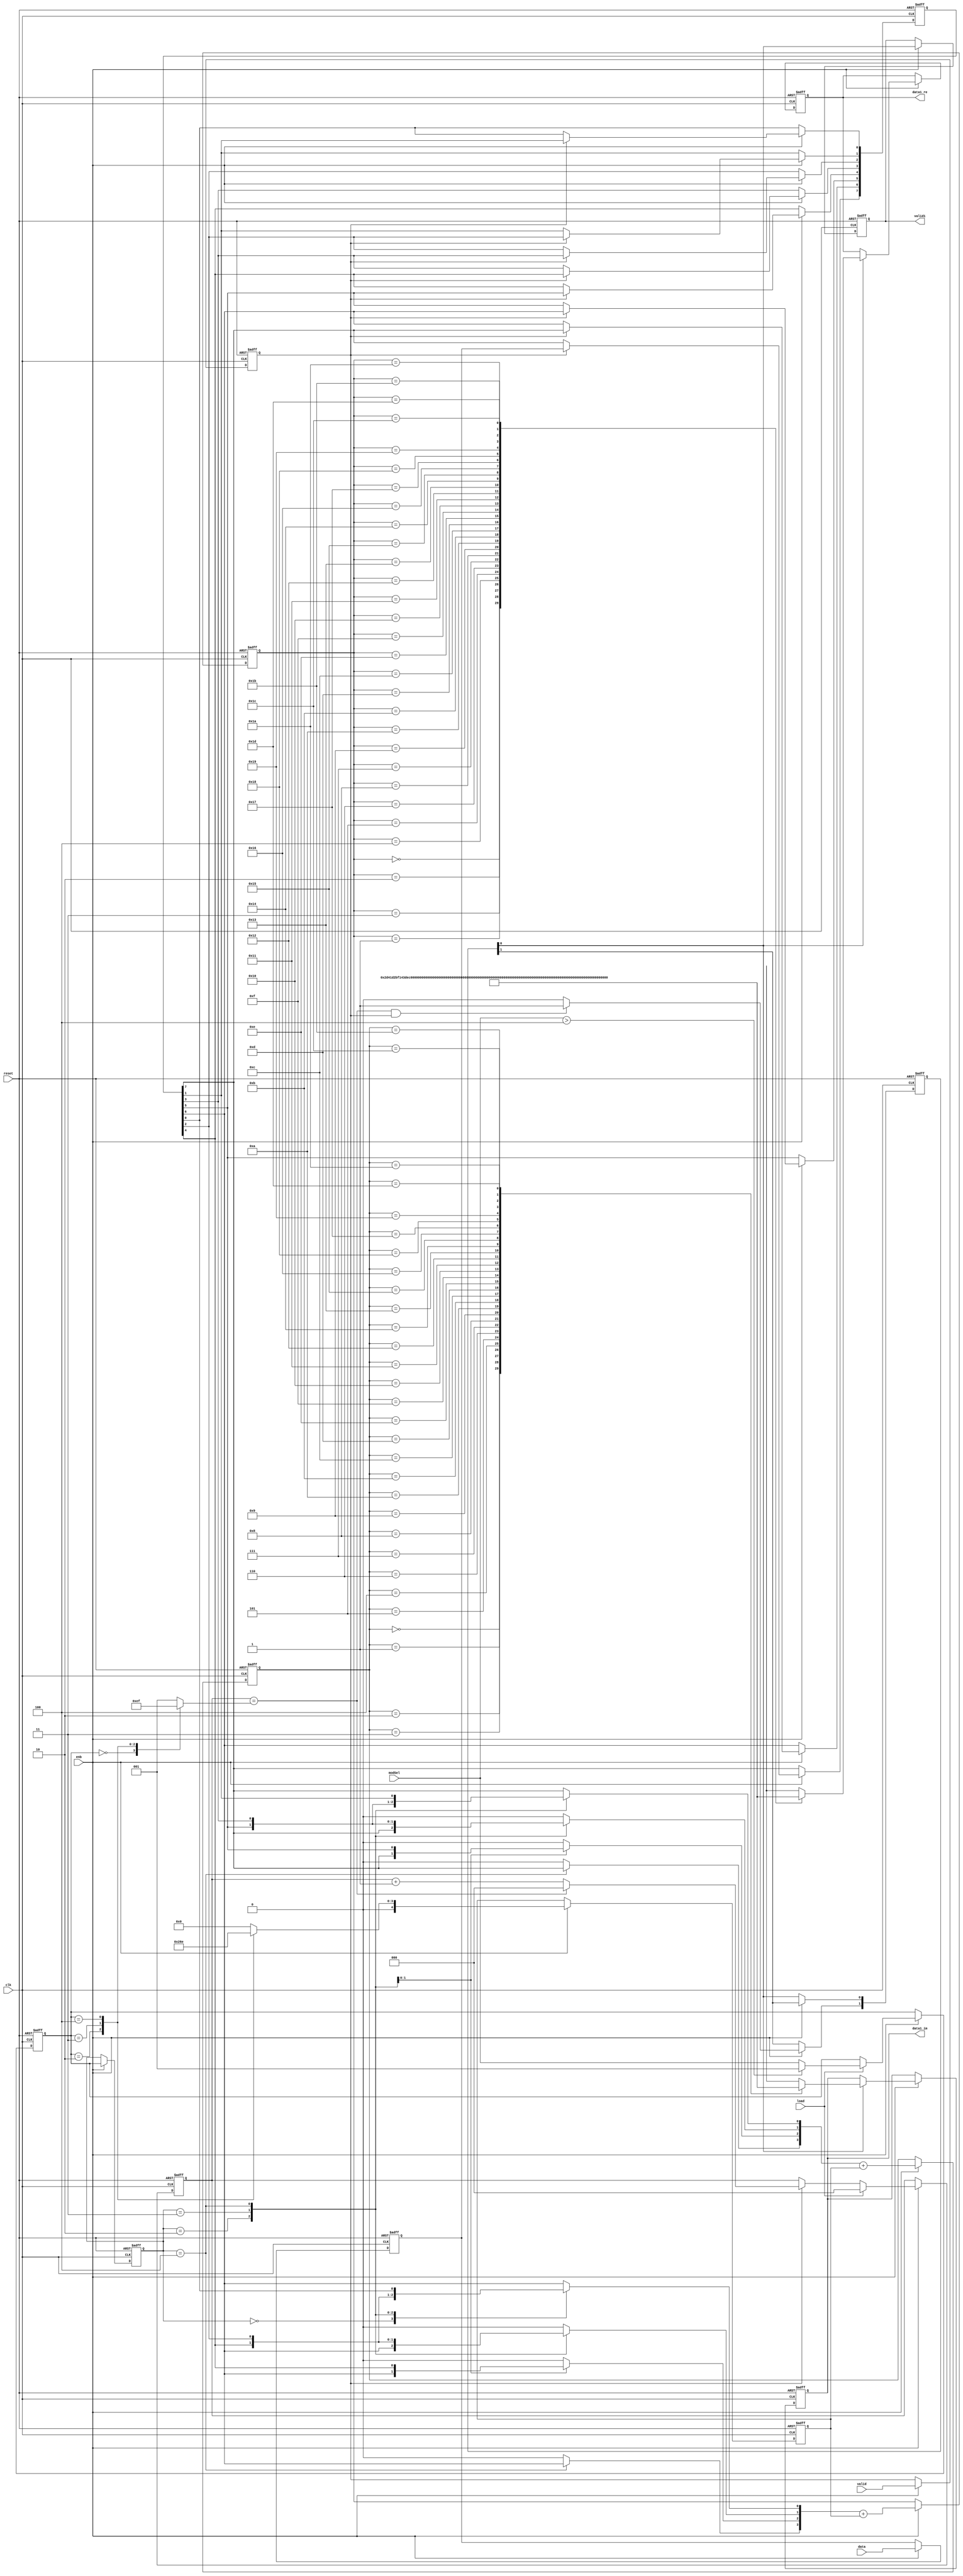
// -------------------------------------------------------------
// 
// 
// Generated by MATLAB 9.13 and HDL Coder 4.0
// 
// -------------------------------------------------------------


// -------------------------------------------------------------
// 
// Module: whdlOFDMTx_LTE_Symbol_Modulator
// Source Path: whdlOFDMTx/Frame Generator/Data/Data Chain/LTE Symbol Modulator
// Hierarchy Level: 5
// 
// -------------------------------------------------------------

`timescale 1 ns / 1 ns

module whdlOFDMTx_LTE_Symbol_Modulator
          (clk,
           reset,
           enb,
           data,
           valid,
           modSel,
           load,
           data1_re,
           data1_im,
           valid1);


  input   clk;
  input   reset;
  input   enb;
  input   data;
  input   valid;
  input   [2:0] modSel;  // ufix3
  input   load;
  output  signed [15:0] data1_re;  // sfix16_En14
  output  signed [15:0] data1_im;  // sfix16_En14
  output  valid1;


  reg  obj_enbReg;
  wire tmp;
  wire [2:0] obj_modSelReg;  // ufix3
  wire [2:0] tmp_1;  // ufix3
  reg [2:0] obj_modSelReg_1;  // ufix3
  wire [2:0] tmp_2;  // ufix3
  reg [2:0] tmp_3;  // ufix3
  wire [2:0] obj_count;  // ufix3
  wire [2:0] obj_count_1;  // ufix3
  reg [2:0] obj_count_2;  // ufix3
  wire [2:0] tmp_4;  // ufix3
  wire tmp_5;
  wire [2:0] tmp_6;  // ufix3
  wire [2:0] tmp_7;  // ufix3
  wire [2:0] tmp_8;  // ufix3
  wire tmp_9;
  wire out;
  wire out_1;
  wire tmp_10;
  reg  [0:1] obj_validReg_reg_reg;  // ufix1 [2]
  wire [0:1] obj_validReg_reg_reg_next;  // ufix1 [2]
  wire obj_validReg;
  reg [2:0] obj_modSelRegReg;  // ufix3
  reg  obj_dataInReg;
  wire [0:7] obj_shiftReg;  // boolean [8]
  reg  [0:7] obj_shiftReg_1;  // boolean [8]
  reg  [0:7] obj_shiftReg_2;  // boolean [8]
  wire [0:7] tmp_11;  // boolean [8]
  reg  [0:7] obj_shiftReg_reg_reg;  // ufix1 [8]
  wire [0:7] obj_shiftReg_reg_reg_next;  // ufix1 [8]
  wire [0:7] buffBits;  // boolean [8]
  wire [0:7] buffBits_1;  // boolean [8]
  wire b6;
  wire tmp_12;  // ufix1
  reg  tmp_13;  // ufix1
  wire tmp_14;  // ufix1
  wire b4;
  wire tmp_15;  // ufix1
  reg  tmp_16;  // ufix1
  wire tmp_17;  // ufix1
  wire tmp_18;  // ufix1
  wire b2;
  wire tmp_19;  // ufix1
  reg  tmp_20;  // ufix1
  wire tmp_21;  // ufix1
  wire b7;
  wire tmp_22;  // ufix1
  wire tmp_23;  // ufix1
  wire tmp_24;  // ufix1
  wire tmp_25;  // ufix1
  wire tmp_26;  // ufix1
  reg  tmp_27;  // ufix1
  reg [4:0] tmp_28;  // ufix5
  reg [4:0] obj_offsetReg;  // ufix5
  wire [4:0] tmp_29;  // ufix5
  wire [3:0] p26tmp_1;  // ufix4
  wire [4:0] p26tmp_2;  // ufix5
  reg [4:0] obj_Iaddr;  // ufix5
  wire signed [15:0] Iout;  // sfix16_En14
  wire signed [15:0] p0Iout_tmp [0:29];  // sfix16_En14 [30]
  reg signed [15:0] obj_Ireg;  // sfix16_En14
  wire signed [15:0] tmp_30;  // sfix16_En14
  wire tmp_31;  // ufix1
  reg  tmp_32;  // ufix1
  wire tmp_33;  // ufix1
  wire b5;
  wire tmp_34;  // ufix1
  reg  tmp_35;  // ufix1
  wire tmp_36;  // ufix1
  wire tmp_37;  // ufix1
  wire b3;
  wire tmp_38;  // ufix1
  reg  tmp_39;  // ufix1
  wire tmp_40;  // ufix1
  wire tmp_41;  // ufix1
  wire tmp_42;  // ufix1
  wire tmp_43;  // ufix1
  wire tmp_44;  // ufix1
  wire tmp_45;  // ufix1
  reg  tmp_46;  // ufix1
  wire [4:0] tmp_47;  // ufix5
  wire [3:0] p24tmp_1;  // ufix4
  wire [4:0] p24tmp_2;  // ufix5
  reg [4:0] obj_Qaddr;  // ufix5
  wire signed [15:0] Qout;  // sfix16_En14
  wire signed [15:0] p0Qout_tmp [0:29];  // sfix16_En14 [30]
  reg signed [15:0] obj_Qreg;  // sfix16_En14
  wire signed [15:0] tmp_48;  // sfix16_En14
  wire signed [15:0] data_re;  // sfix16_En14
  wire signed [15:0] data_im;  // sfix16_En14
  reg  valid_1;
  reg [2:0] p92_tmp;  // ufix3
  reg signed [31:0] p1_i;  // int32
  reg  [0:7] p1_obj_shiftReg;  // boolean [8]
  reg  p37_tmp;  // ufix1
  reg  p39_tmp;  // ufix1
  reg  p41_tmp;  // ufix1
  reg  p29_tmp;  // ufix1
  reg [4:0] p44_tmp;  // ufix5
  reg  p31_tmp;  // ufix1
  reg  p33_tmp;  // ufix1
  reg  p35_tmp;  // ufix1
  reg  p27_tmp;  // ufix1


  always @(posedge clk or posedge reset)
    begin : obj_enbReg_reg_process
      if (reset == 1'b1) begin
        obj_enbReg <= 1'b0;
      end
      else begin
        if (enb) begin
          obj_enbReg <= valid;
        end
      end
    end



  assign tmp = modSel > 3'b100;



  // HDL code generation from MATLAB function: SystemCore_stepImpl_trueregionp97
  assign obj_modSelReg = 3'b001;



  // HDL code generation from MATLAB function: SystemCore_stepImpl_trueregionp95
  assign tmp_1 = (tmp == 1'b0 ? modSel :
              obj_modSelReg);



  assign tmp_2 = (load == 1'b0 ? obj_modSelReg_1 :
              tmp_1);



  always @(posedge clk or posedge reset)
    begin : obj_modSelReg_reg_process
      if (reset == 1'b1) begin
        obj_modSelReg_1 <= 3'b001;
      end
      else begin
        if (enb) begin
          obj_modSelReg_1 <= tmp_2;
        end
      end
    end



  always @(obj_modSelReg_1) begin
    case ( obj_modSelReg_1)
      3'b000 :
        begin
          p92_tmp = 3'b000;
        end
      3'b001 :
        begin
          p92_tmp = 3'b001;
        end
      3'b010 :
        begin
          p92_tmp = 3'b011;
        end
      3'b011 :
        begin
          p92_tmp = 3'b101;
        end
      3'b100 :
        begin
          p92_tmp = 3'b111;
        end
      default :
        begin
          p92_tmp = 3'b001;
        end
    endcase
    tmp_3 = p92_tmp;
  end



  // HDL code generation from MATLAB function: SystemCore_stepImpl_trueregionp88
  assign obj_count = 3'b000;



  // HDL code generation from MATLAB function: SystemCore_stepImpl_trueregionp77
  assign obj_count_1 = 3'b000;



  // HDL code generation from MATLAB function: SystemCore_stepImpl
  // HDL code generation from MATLAB function: SystemCore_stepImpl_falseregionp88
  assign tmp_4 = obj_count_2 + 3'b001;



  assign tmp_5 = obj_count_2 == tmp_3;



  // HDL code generation from MATLAB function: SystemCore_stepImpl_trueregionp85
  assign tmp_6 = (tmp_5 == 1'b0 ? tmp_4 :
              obj_count);



  // HDL code generation from MATLAB function: SystemCore_stepImpl_falseregionp77
  assign tmp_7 = (obj_enbReg == 1'b0 ? obj_count_2 :
              tmp_6);



  assign tmp_8 = (load == 1'b0 ? tmp_7 :
              obj_count_1);



  always @(posedge clk or posedge reset)
    begin : obj_count_reg_process
      if (reset == 1'b1) begin
        obj_count_2 <= 3'b000;
      end
      else begin
        if (enb) begin
          obj_count_2 <= tmp_8;
        end
      end
    end



  assign tmp_9 = (obj_count_2 == tmp_3) && obj_enbReg;



  // HDL code generation from MATLAB function: SystemCore_stepImpl_falseregionp81
  assign out = 1'b0;



  // HDL code generation from MATLAB function: SystemCore_stepImpl_trueregionp81
  assign out_1 = 1'b1;



  assign tmp_10 = (tmp_9 == 1'b0 ? out :
              out_1);



  always @(posedge clk or posedge reset)
    begin : obj_validReg_reg_process
      if (reset == 1'b1) begin
        obj_validReg_reg_reg[0] <= 1'b0;
        obj_validReg_reg_reg[1] <= 1'b0;
      end
      else begin
        if (enb) begin
          obj_validReg_reg_reg[0] <= obj_validReg_reg_reg_next[0];
          obj_validReg_reg_reg[1] <= obj_validReg_reg_reg_next[1];
        end
      end
    end

  assign obj_validReg = obj_validReg_reg_reg[1];
  assign obj_validReg_reg_reg_next[0] = tmp_10;
  assign obj_validReg_reg_reg_next[1] = obj_validReg_reg_reg[0];



  always @(posedge clk or posedge reset)
    begin : obj_modSelRegReg_reg_process
      if (reset == 1'b1) begin
        obj_modSelRegReg <= 3'b001;
      end
      else begin
        if (enb) begin
          obj_modSelRegReg <= obj_modSelReg_1;
        end
      end
    end



  // HDL code generation from MATLAB function: SystemCore_stepImpl_falseregionp97
  always @(posedge clk or posedge reset)
    begin : obj_dataInReg_reg_process
      if (reset == 1'b1) begin
        obj_dataInReg <= 1'b0;
      end
      else begin
        if (enb) begin
          obj_dataInReg <= data;
        end
      end
    end



  // HDL code generation from MATLAB function: SystemCore_stepImpl_trueregionp102
  always @* begin
    p1_obj_shiftReg = obj_shiftReg;

    for(p1_i = 32'sd0; p1_i <= 32'sd6; p1_i = p1_i + 32'sd1) begin
      p1_obj_shiftReg[32'sd7 - p1_i] = p1_obj_shiftReg[32'sd6 - p1_i];
    end

    obj_shiftReg_1 = p1_obj_shiftReg;
  end



  always @* begin
    obj_shiftReg_2 = obj_shiftReg_1;
    obj_shiftReg_2[0] = obj_dataInReg;
  end



  assign tmp_11[0] = (obj_enbReg == 1'b0 ? obj_shiftReg[0] :
              obj_shiftReg_2[0]);
  assign tmp_11[1] = (obj_enbReg == 1'b0 ? obj_shiftReg[1] :
              obj_shiftReg_2[1]);
  assign tmp_11[2] = (obj_enbReg == 1'b0 ? obj_shiftReg[2] :
              obj_shiftReg_2[2]);
  assign tmp_11[3] = (obj_enbReg == 1'b0 ? obj_shiftReg[3] :
              obj_shiftReg_2[3]);
  assign tmp_11[4] = (obj_enbReg == 1'b0 ? obj_shiftReg[4] :
              obj_shiftReg_2[4]);
  assign tmp_11[5] = (obj_enbReg == 1'b0 ? obj_shiftReg[5] :
              obj_shiftReg_2[5]);
  assign tmp_11[6] = (obj_enbReg == 1'b0 ? obj_shiftReg[6] :
              obj_shiftReg_2[6]);
  assign tmp_11[7] = (obj_enbReg == 1'b0 ? obj_shiftReg[7] :
              obj_shiftReg_2[7]);



  always @(posedge clk or posedge reset)
    begin : obj_shiftReg_reg_process
      if (reset == 1'b1) begin
        obj_shiftReg_reg_reg[0] <= 1'b0;
        obj_shiftReg_reg_reg[1] <= 1'b0;
        obj_shiftReg_reg_reg[2] <= 1'b0;
        obj_shiftReg_reg_reg[3] <= 1'b0;
        obj_shiftReg_reg_reg[4] <= 1'b0;
        obj_shiftReg_reg_reg[5] <= 1'b0;
        obj_shiftReg_reg_reg[6] <= 1'b0;
        obj_shiftReg_reg_reg[7] <= 1'b0;
      end
      else begin
        if (enb) begin
          obj_shiftReg_reg_reg[0] <= obj_shiftReg_reg_reg_next[0];
          obj_shiftReg_reg_reg[1] <= obj_shiftReg_reg_reg_next[1];
          obj_shiftReg_reg_reg[2] <= obj_shiftReg_reg_reg_next[2];
          obj_shiftReg_reg_reg[3] <= obj_shiftReg_reg_reg_next[3];
          obj_shiftReg_reg_reg[4] <= obj_shiftReg_reg_reg_next[4];
          obj_shiftReg_reg_reg[5] <= obj_shiftReg_reg_reg_next[5];
          obj_shiftReg_reg_reg[6] <= obj_shiftReg_reg_reg_next[6];
          obj_shiftReg_reg_reg[7] <= obj_shiftReg_reg_reg_next[7];
        end
      end
    end

  assign obj_shiftReg[0] = obj_shiftReg_reg_reg[0];
  assign obj_shiftReg[1] = obj_shiftReg_reg_reg[1];
  assign obj_shiftReg[2] = obj_shiftReg_reg_reg[2];
  assign obj_shiftReg[3] = obj_shiftReg_reg_reg[3];
  assign obj_shiftReg[4] = obj_shiftReg_reg_reg[4];
  assign obj_shiftReg[5] = obj_shiftReg_reg_reg[5];
  assign obj_shiftReg[6] = obj_shiftReg_reg_reg[6];
  assign obj_shiftReg[7] = obj_shiftReg_reg_reg[7];
  assign obj_shiftReg_reg_reg_next[0] = tmp_11[0];
  assign obj_shiftReg_reg_reg_next[1] = tmp_11[1];
  assign obj_shiftReg_reg_reg_next[2] = tmp_11[2];
  assign obj_shiftReg_reg_reg_next[3] = tmp_11[3];
  assign obj_shiftReg_reg_reg_next[4] = tmp_11[4];
  assign obj_shiftReg_reg_reg_next[5] = tmp_11[5];
  assign obj_shiftReg_reg_reg_next[6] = tmp_11[6];
  assign obj_shiftReg_reg_reg_next[7] = tmp_11[7];



  assign buffBits = {8{1'b0}};



  assign buffBits_1[0] = obj_shiftReg[7];
  assign buffBits_1[1] = obj_shiftReg[6];
  assign buffBits_1[2] = obj_shiftReg[5];
  assign buffBits_1[3] = obj_shiftReg[4];
  assign buffBits_1[4] = obj_shiftReg[3];
  assign buffBits_1[5] = obj_shiftReg[2];
  assign buffBits_1[6] = obj_shiftReg[1];
  assign buffBits_1[7] = obj_shiftReg[0];



  assign b6 = buffBits_1[6];



  assign tmp_12 = b6;



  always @(obj_modSelRegReg, tmp_12) begin
    case ( obj_modSelRegReg)
      3'b000 :
        begin
          p37_tmp = 1'b0;
        end
      3'b001 :
        begin
          p37_tmp = 1'b0;
        end
      3'b010 :
        begin
          p37_tmp = 1'b0;
        end
      3'b011 :
        begin
          p37_tmp = 1'b0;
        end
      3'b100 :
        begin
          p37_tmp = tmp_12;
        end
      default :
        begin
          p37_tmp = 1'b0;
        end
    endcase
    tmp_13 = p37_tmp;
  end



  assign tmp_14 = b6;



  assign b4 = buffBits_1[4];



  assign tmp_15 = b4;



  always @(obj_modSelRegReg, tmp_14, tmp_15) begin
    case ( obj_modSelRegReg)
      3'b000 :
        begin
          p39_tmp = 1'b0;
        end
      3'b001 :
        begin
          p39_tmp = 1'b0;
        end
      3'b010 :
        begin
          p39_tmp = 1'b0;
        end
      3'b011 :
        begin
          p39_tmp = tmp_14;
        end
      3'b100 :
        begin
          p39_tmp = tmp_15;
        end
      default :
        begin
          p39_tmp = 1'b0;
        end
    endcase
    tmp_16 = p39_tmp;
  end



  assign tmp_17 = b6;



  assign tmp_18 = b4;



  assign b2 = buffBits_1[2];



  assign tmp_19 = b2;



  always @(obj_modSelRegReg, tmp_17, tmp_18, tmp_19) begin
    case ( obj_modSelRegReg)
      3'b000 :
        begin
          p41_tmp = 1'b0;
        end
      3'b001 :
        begin
          p41_tmp = 1'b0;
        end
      3'b010 :
        begin
          p41_tmp = tmp_17;
        end
      3'b011 :
        begin
          p41_tmp = tmp_18;
        end
      3'b100 :
        begin
          p41_tmp = tmp_19;
        end
      default :
        begin
          p41_tmp = 1'b0;
        end
    endcase
    tmp_20 = p41_tmp;
  end



  assign tmp_21 = b6;



  assign b7 = buffBits_1[7];



  assign tmp_22 = b7;



  assign tmp_23 = b6;



  assign tmp_24 = b4;



  assign tmp_25 = b2;



  assign tmp_26 = buffBits_1[0];



  always @(obj_modSelRegReg, tmp_21, tmp_22, tmp_23, tmp_24, tmp_25, tmp_26) begin
    case ( obj_modSelRegReg)
      3'b000 :
        begin
          p29_tmp = tmp_22;
        end
      3'b001 :
        begin
          p29_tmp = tmp_23;
        end
      3'b010 :
        begin
          p29_tmp = tmp_24;
        end
      3'b011 :
        begin
          p29_tmp = tmp_25;
        end
      3'b100 :
        begin
          p29_tmp = tmp_26;
        end
      default :
        begin
          p29_tmp = tmp_21;
        end
    endcase
    tmp_27 = p29_tmp;
  end



  always @(obj_modSelReg_1) begin
    case ( obj_modSelReg_1)
      3'b000 :
        begin
          p44_tmp = 5'b00000;
        end
      3'b001 :
        begin
          p44_tmp = 5'b00000;
        end
      3'b010 :
        begin
          p44_tmp = 5'b00010;
        end
      3'b011 :
        begin
          p44_tmp = 5'b00110;
        end
      3'b100 :
        begin
          p44_tmp = 5'b01110;
        end
      default :
        begin
          p44_tmp = 5'b00000;
        end
    endcase
    tmp_28 = p44_tmp;
  end



  always @(posedge clk or posedge reset)
    begin : obj_offsetReg_reg_process
      if (reset == 1'b1) begin
        obj_offsetReg <= 5'b00000;
      end
      else begin
        if (enb) begin
          obj_offsetReg <= tmp_28;
        end
      end
    end



  assign p26tmp_1 = {tmp_13, tmp_16, tmp_20, tmp_27};
  assign p26tmp_2 = {1'b0, p26tmp_1};
  assign tmp_29 = p26tmp_2 + obj_offsetReg;



  always @(posedge clk or posedge reset)
    begin : obj_Iaddr_reg_process
      if (reset == 1'b1) begin
        obj_Iaddr <= 5'b00000;
      end
      else begin
        if (enb) begin
          obj_Iaddr <= tmp_29;
        end
      end
    end



  // HDL code generation from MATLAB function: SystemCore_stepImpl_trueregionp19
  assign p0Iout_tmp[0] = 16'sb0010110101000001;
  assign p0Iout_tmp[1] = 16'sb1101001010111111;
  assign p0Iout_tmp[2] = 16'sb0001010000111101;
  assign p0Iout_tmp[3] = 16'sb1110101111000011;
  assign p0Iout_tmp[4] = 16'sb0011110010110111;
  assign p0Iout_tmp[5] = 16'sb1100001101001001;
  assign p0Iout_tmp[6] = 16'sb0001110110100000;
  assign p0Iout_tmp[7] = 16'sb1110001001100000;
  assign p0Iout_tmp[8] = 16'sb0011000101100001;
  assign p0Iout_tmp[9] = 16'sb1100111010011111;
  assign p0Iout_tmp[10] = 16'sb0000100111100000;
  assign p0Iout_tmp[11] = 16'sb1111011000100000;
  assign p0Iout_tmp[12] = 16'sb0100010100100001;
  assign p0Iout_tmp[13] = 16'sb1011101011011111;
  assign p0Iout_tmp[14] = 16'sb0001100010001011;
  assign p0Iout_tmp[15] = 16'sb1110011101110101;
  assign p0Iout_tmp[16] = 16'sb0011010111111111;
  assign p0Iout_tmp[17] = 16'sb1100101000000001;
  assign p0Iout_tmp[18] = 16'sb0000111010111010;
  assign p0Iout_tmp[19] = 16'sb1111000101000110;
  assign p0Iout_tmp[20] = 16'sb0011111111010000;
  assign p0Iout_tmp[21] = 16'sb1100000000110000;
  assign p0Iout_tmp[22] = 16'sb0010001001011100;
  assign p0Iout_tmp[23] = 16'sb1101110110100100;
  assign p0Iout_tmp[24] = 16'sb0010110000101101;
  assign p0Iout_tmp[25] = 16'sb1101001111010011;
  assign p0Iout_tmp[26] = 16'sb0000010011101001;
  assign p0Iout_tmp[27] = 16'sb1111101100010111;
  assign p0Iout_tmp[28] = 16'sb0100100110100001;
  assign p0Iout_tmp[29] = 16'sb1011011001011111;
  assign Iout = p0Iout_tmp[obj_Iaddr];



  assign tmp_30 = (obj_validReg == 1'b0 ? obj_Ireg :
              Iout);



  // HDL code generation from MATLAB function: SystemCore_stepImpl_falseregionp19
  always @(posedge clk or posedge reset)
    begin : obj_Ireg_reg_process
      if (reset == 1'b1) begin
        obj_Ireg <= 16'sb0000000000000000;
      end
      else begin
        if (enb) begin
          obj_Ireg <= tmp_30;
        end
      end
    end



  assign tmp_31 = b7;



  always @(obj_modSelRegReg, tmp_31) begin
    case ( obj_modSelRegReg)
      3'b000 :
        begin
          p31_tmp = 1'b0;
        end
      3'b001 :
        begin
          p31_tmp = 1'b0;
        end
      3'b010 :
        begin
          p31_tmp = 1'b0;
        end
      3'b011 :
        begin
          p31_tmp = 1'b0;
        end
      3'b100 :
        begin
          p31_tmp = tmp_31;
        end
      default :
        begin
          p31_tmp = 1'b0;
        end
    endcase
    tmp_32 = p31_tmp;
  end



  assign tmp_33 = b7;



  assign b5 = buffBits_1[5];



  assign tmp_34 = b5;



  always @(obj_modSelRegReg, tmp_33, tmp_34) begin
    case ( obj_modSelRegReg)
      3'b000 :
        begin
          p33_tmp = 1'b0;
        end
      3'b001 :
        begin
          p33_tmp = 1'b0;
        end
      3'b010 :
        begin
          p33_tmp = 1'b0;
        end
      3'b011 :
        begin
          p33_tmp = tmp_33;
        end
      3'b100 :
        begin
          p33_tmp = tmp_34;
        end
      default :
        begin
          p33_tmp = 1'b0;
        end
    endcase
    tmp_35 = p33_tmp;
  end



  assign tmp_36 = b7;



  assign tmp_37 = b5;



  assign b3 = buffBits_1[3];



  assign tmp_38 = b3;



  always @(obj_modSelRegReg, tmp_36, tmp_37, tmp_38) begin
    case ( obj_modSelRegReg)
      3'b000 :
        begin
          p35_tmp = 1'b0;
        end
      3'b001 :
        begin
          p35_tmp = 1'b0;
        end
      3'b010 :
        begin
          p35_tmp = tmp_36;
        end
      3'b011 :
        begin
          p35_tmp = tmp_37;
        end
      3'b100 :
        begin
          p35_tmp = tmp_38;
        end
      default :
        begin
          p35_tmp = 1'b0;
        end
    endcase
    tmp_39 = p35_tmp;
  end



  assign tmp_40 = b7;



  assign tmp_41 = b7;



  assign tmp_42 = b7;



  assign tmp_43 = b5;



  assign tmp_44 = b3;



  assign tmp_45 = buffBits_1[1];



  always @(obj_modSelRegReg, tmp_40, tmp_41, tmp_42, tmp_43, tmp_44, tmp_45) begin
    case ( obj_modSelRegReg)
      3'b000 :
        begin
          p27_tmp = tmp_41;
        end
      3'b001 :
        begin
          p27_tmp = tmp_42;
        end
      3'b010 :
        begin
          p27_tmp = tmp_43;
        end
      3'b011 :
        begin
          p27_tmp = tmp_44;
        end
      3'b100 :
        begin
          p27_tmp = tmp_45;
        end
      default :
        begin
          p27_tmp = tmp_40;
        end
    endcase
    tmp_46 = p27_tmp;
  end



  assign p24tmp_1 = {tmp_32, tmp_35, tmp_39, tmp_46};
  assign p24tmp_2 = {1'b0, p24tmp_1};
  assign tmp_47 = p24tmp_2 + obj_offsetReg;



  always @(posedge clk or posedge reset)
    begin : obj_Qaddr_reg_process
      if (reset == 1'b1) begin
        obj_Qaddr <= 5'b00000;
      end
      else begin
        if (enb) begin
          obj_Qaddr <= tmp_47;
        end
      end
    end



  // HDL code generation from MATLAB function: SystemCore_stepImpl_trueregionp14
  assign p0Qout_tmp[0] = 16'sb0010110101000001;
  assign p0Qout_tmp[1] = 16'sb1101001010111111;
  assign p0Qout_tmp[2] = 16'sb0001010000111101;
  assign p0Qout_tmp[3] = 16'sb1110101111000011;
  assign p0Qout_tmp[4] = 16'sb0011110010110111;
  assign p0Qout_tmp[5] = 16'sb1100001101001001;
  assign p0Qout_tmp[6] = 16'sb0001110110100000;
  assign p0Qout_tmp[7] = 16'sb1110001001100000;
  assign p0Qout_tmp[8] = 16'sb0011000101100001;
  assign p0Qout_tmp[9] = 16'sb1100111010011111;
  assign p0Qout_tmp[10] = 16'sb0000100111100000;
  assign p0Qout_tmp[11] = 16'sb1111011000100000;
  assign p0Qout_tmp[12] = 16'sb0100010100100001;
  assign p0Qout_tmp[13] = 16'sb1011101011011111;
  assign p0Qout_tmp[14] = 16'sb0001100010001011;
  assign p0Qout_tmp[15] = 16'sb1110011101110101;
  assign p0Qout_tmp[16] = 16'sb0011010111111111;
  assign p0Qout_tmp[17] = 16'sb1100101000000001;
  assign p0Qout_tmp[18] = 16'sb0000111010111010;
  assign p0Qout_tmp[19] = 16'sb1111000101000110;
  assign p0Qout_tmp[20] = 16'sb0011111111010000;
  assign p0Qout_tmp[21] = 16'sb1100000000110000;
  assign p0Qout_tmp[22] = 16'sb0010001001011100;
  assign p0Qout_tmp[23] = 16'sb1101110110100100;
  assign p0Qout_tmp[24] = 16'sb0010110000101101;
  assign p0Qout_tmp[25] = 16'sb1101001111010011;
  assign p0Qout_tmp[26] = 16'sb0000010011101001;
  assign p0Qout_tmp[27] = 16'sb1111101100010111;
  assign p0Qout_tmp[28] = 16'sb0100100110100001;
  assign p0Qout_tmp[29] = 16'sb1011011001011111;
  assign Qout = p0Qout_tmp[obj_Qaddr];



  assign tmp_48 = (obj_validReg == 1'b0 ? obj_Qreg :
              Qout);



  // HDL code generation from MATLAB function: SystemCore_stepImpl_falseregionp14
  always @(posedge clk or posedge reset)
    begin : obj_Qreg_reg_process
      if (reset == 1'b1) begin
        obj_Qreg <= 16'sb0000000000000000;
      end
      else begin
        if (enb) begin
          obj_Qreg <= tmp_48;
        end
      end
    end



  assign data_re = obj_Ireg;
  assign data_im = obj_Qreg;



  assign data1_re = data_re;

  assign data1_im = data_im;

  always @(posedge clk or posedge reset)
    begin : obj_validRegReg_reg_process
      if (reset == 1'b1) begin
        valid_1 <= 1'b0;
      end
      else begin
        if (enb) begin
          valid_1 <= obj_validReg;
        end
      end
    end



  assign valid1 = valid_1;

endmodule  // whdlOFDMTx_LTE_Symbol_Modulator